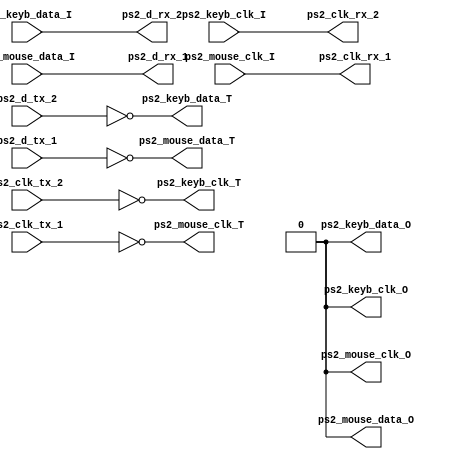
module dual_ps2_ioadapter (
  ps2_clk_rx_1,     
  ps2_clk_rx_2,     
  ps2_clk_tx_1,     
  ps2_clk_tx_2,     
  ps2_d_rx_1,       
  ps2_d_rx_2,       
  ps2_d_tx_1,       
  ps2_d_tx_2,       
  ps2_mouse_clk_I,  
  ps2_mouse_clk_O,  
  ps2_mouse_clk_T,  
  ps2_mouse_data_I, 
  ps2_mouse_data_O, 
  ps2_mouse_data_T, 
  ps2_keyb_clk_I,   
  ps2_keyb_clk_O,   
  ps2_keyb_clk_T,   
  ps2_keyb_data_I,  
  ps2_keyb_data_O,  
  ps2_keyb_data_T   
  );
  output ps2_clk_rx_1;
  output ps2_clk_rx_2;
  input  ps2_clk_tx_1;
  input  ps2_clk_tx_2;
  output ps2_d_rx_1;
  output ps2_d_rx_2;
  input  ps2_d_tx_1;
  input  ps2_d_tx_2;
  input  ps2_mouse_clk_I;
  output ps2_mouse_clk_O;
  output ps2_mouse_clk_T;
  input  ps2_mouse_data_I;
  output ps2_mouse_data_O;
  output ps2_mouse_data_T;
  input  ps2_keyb_clk_I;
  output ps2_keyb_clk_O;
  output ps2_keyb_clk_T;
  input  ps2_keyb_data_I;
  output ps2_keyb_data_O;
  output ps2_keyb_data_T;
  assign ps2_clk_rx_1 = ps2_mouse_clk_I;
  assign ps2_clk_rx_2 = ps2_keyb_clk_I;
  assign ps2_d_rx_1   = ps2_mouse_data_I;
  assign ps2_d_rx_2   = ps2_keyb_data_I;
  assign ps2_mouse_clk_O  = 1'b0;
  assign ps2_mouse_clk_T  = ~ps2_clk_tx_1;
  assign ps2_mouse_data_O = 1'b0;
  assign ps2_mouse_data_T = ~ps2_d_tx_1;
  assign ps2_keyb_clk_O   = 1'b0;
  assign ps2_keyb_clk_T   = ~ps2_clk_tx_2;
  assign ps2_keyb_data_O  = 1'b0;
  assign ps2_keyb_data_T  = ~ps2_d_tx_2;
endmodule